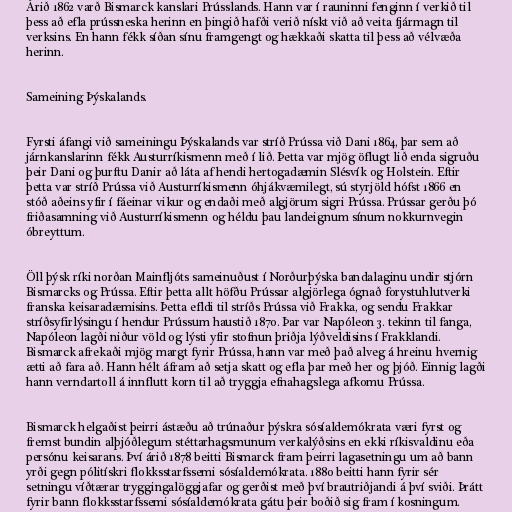
Árið 1862 varð Bismarck kanslari Prússlands. Hann var í rauninni fenginn í verkið til
þess að efla prússneska herinn en þingið hafði verið nískt við að veita fjármagn til
verksins. En hann fékk síðan sínu framgengt og hækkaði skatta til þess að vélvæða
herinn.

Sameining Þýskalands.

Fyrsti áfangi við sameiningu Þýskalands var stríð Prússa við Dani 1864, þar sem að
járnkanslarinn fékk Austurríkismenn með í lið. Þetta var mjög öflugt lið enda sigruðu
þeir Dani og þurftu Danir að láta af hendi hertogadæmin Slésvík og Holstein. Eftir
þetta var stríð Prússa við Austurríkismenn óhjákvæmilegt, sú styrjöld hófst 1866 en
stóð aðeins yfir í fáeinar vikur og endaði með algjörum sigri Prússa. Prússar gerðu þó
friðasamning við Austurríkismenn og héldu þau landeignum sínum nokkurnvegin
óbreyttum.

Öll þýsk ríki norðan Mainfljóts sameinuðust í Norðurþýska bandalaginu undir stjórn
Bismarcks og Prússa. Eftir þetta allt höfðu Prússar algjörlega ógnað forystuhlutverki
franska keisaradæmisins. Þetta efldi til stríðs Prússa við Frakka, og sendu Frakkar
stríðsyfirlýsingu í hendur Prússum haustið 1870. Þar var Napóleon 3. tekinn til fanga,
Napóleon lagði niður völd og lýsti yfir stofnun þriðja lýðveldisins í Frakklandi.
Bismarck afrekaði mjög margt fyrir Prússa, hann var með það alveg á hreinu hvernig
ætti að fara að. Hann hélt áfram að setja skatt og efla þar með her og þjóð. Einnig lagði
hann verndartoll á innflutt korn til að tryggja efnahagslega afkomu Prússa.

Bismarck helgaðist þeirri ástæðu að trúnaður þýskra sósíaldemókrata væri fyrst og
fremst bundin alþjóðlegum stéttarhagsmunum verkalýðsins en ekki ríkisvaldinu eða
persónu keisarans. Því árið 1878 beitti Bismarck fram þeirri lagasetningu um að bann
yrði gegn pólitískri flokksstarfssemi sósíaldemókrata. 1880 beitti hann fyrir sér
setningu víðtærar tryggingalöggjafar og gerðist með því brautriðjandi á því sviði. Þrátt
fyrir bann flokksstarfssemi sósíaldemókrata gátu þeir boðið sig fram í kosningum.